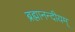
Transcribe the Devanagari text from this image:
ब्रह्मानन्दीयम्